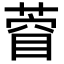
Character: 𮐙